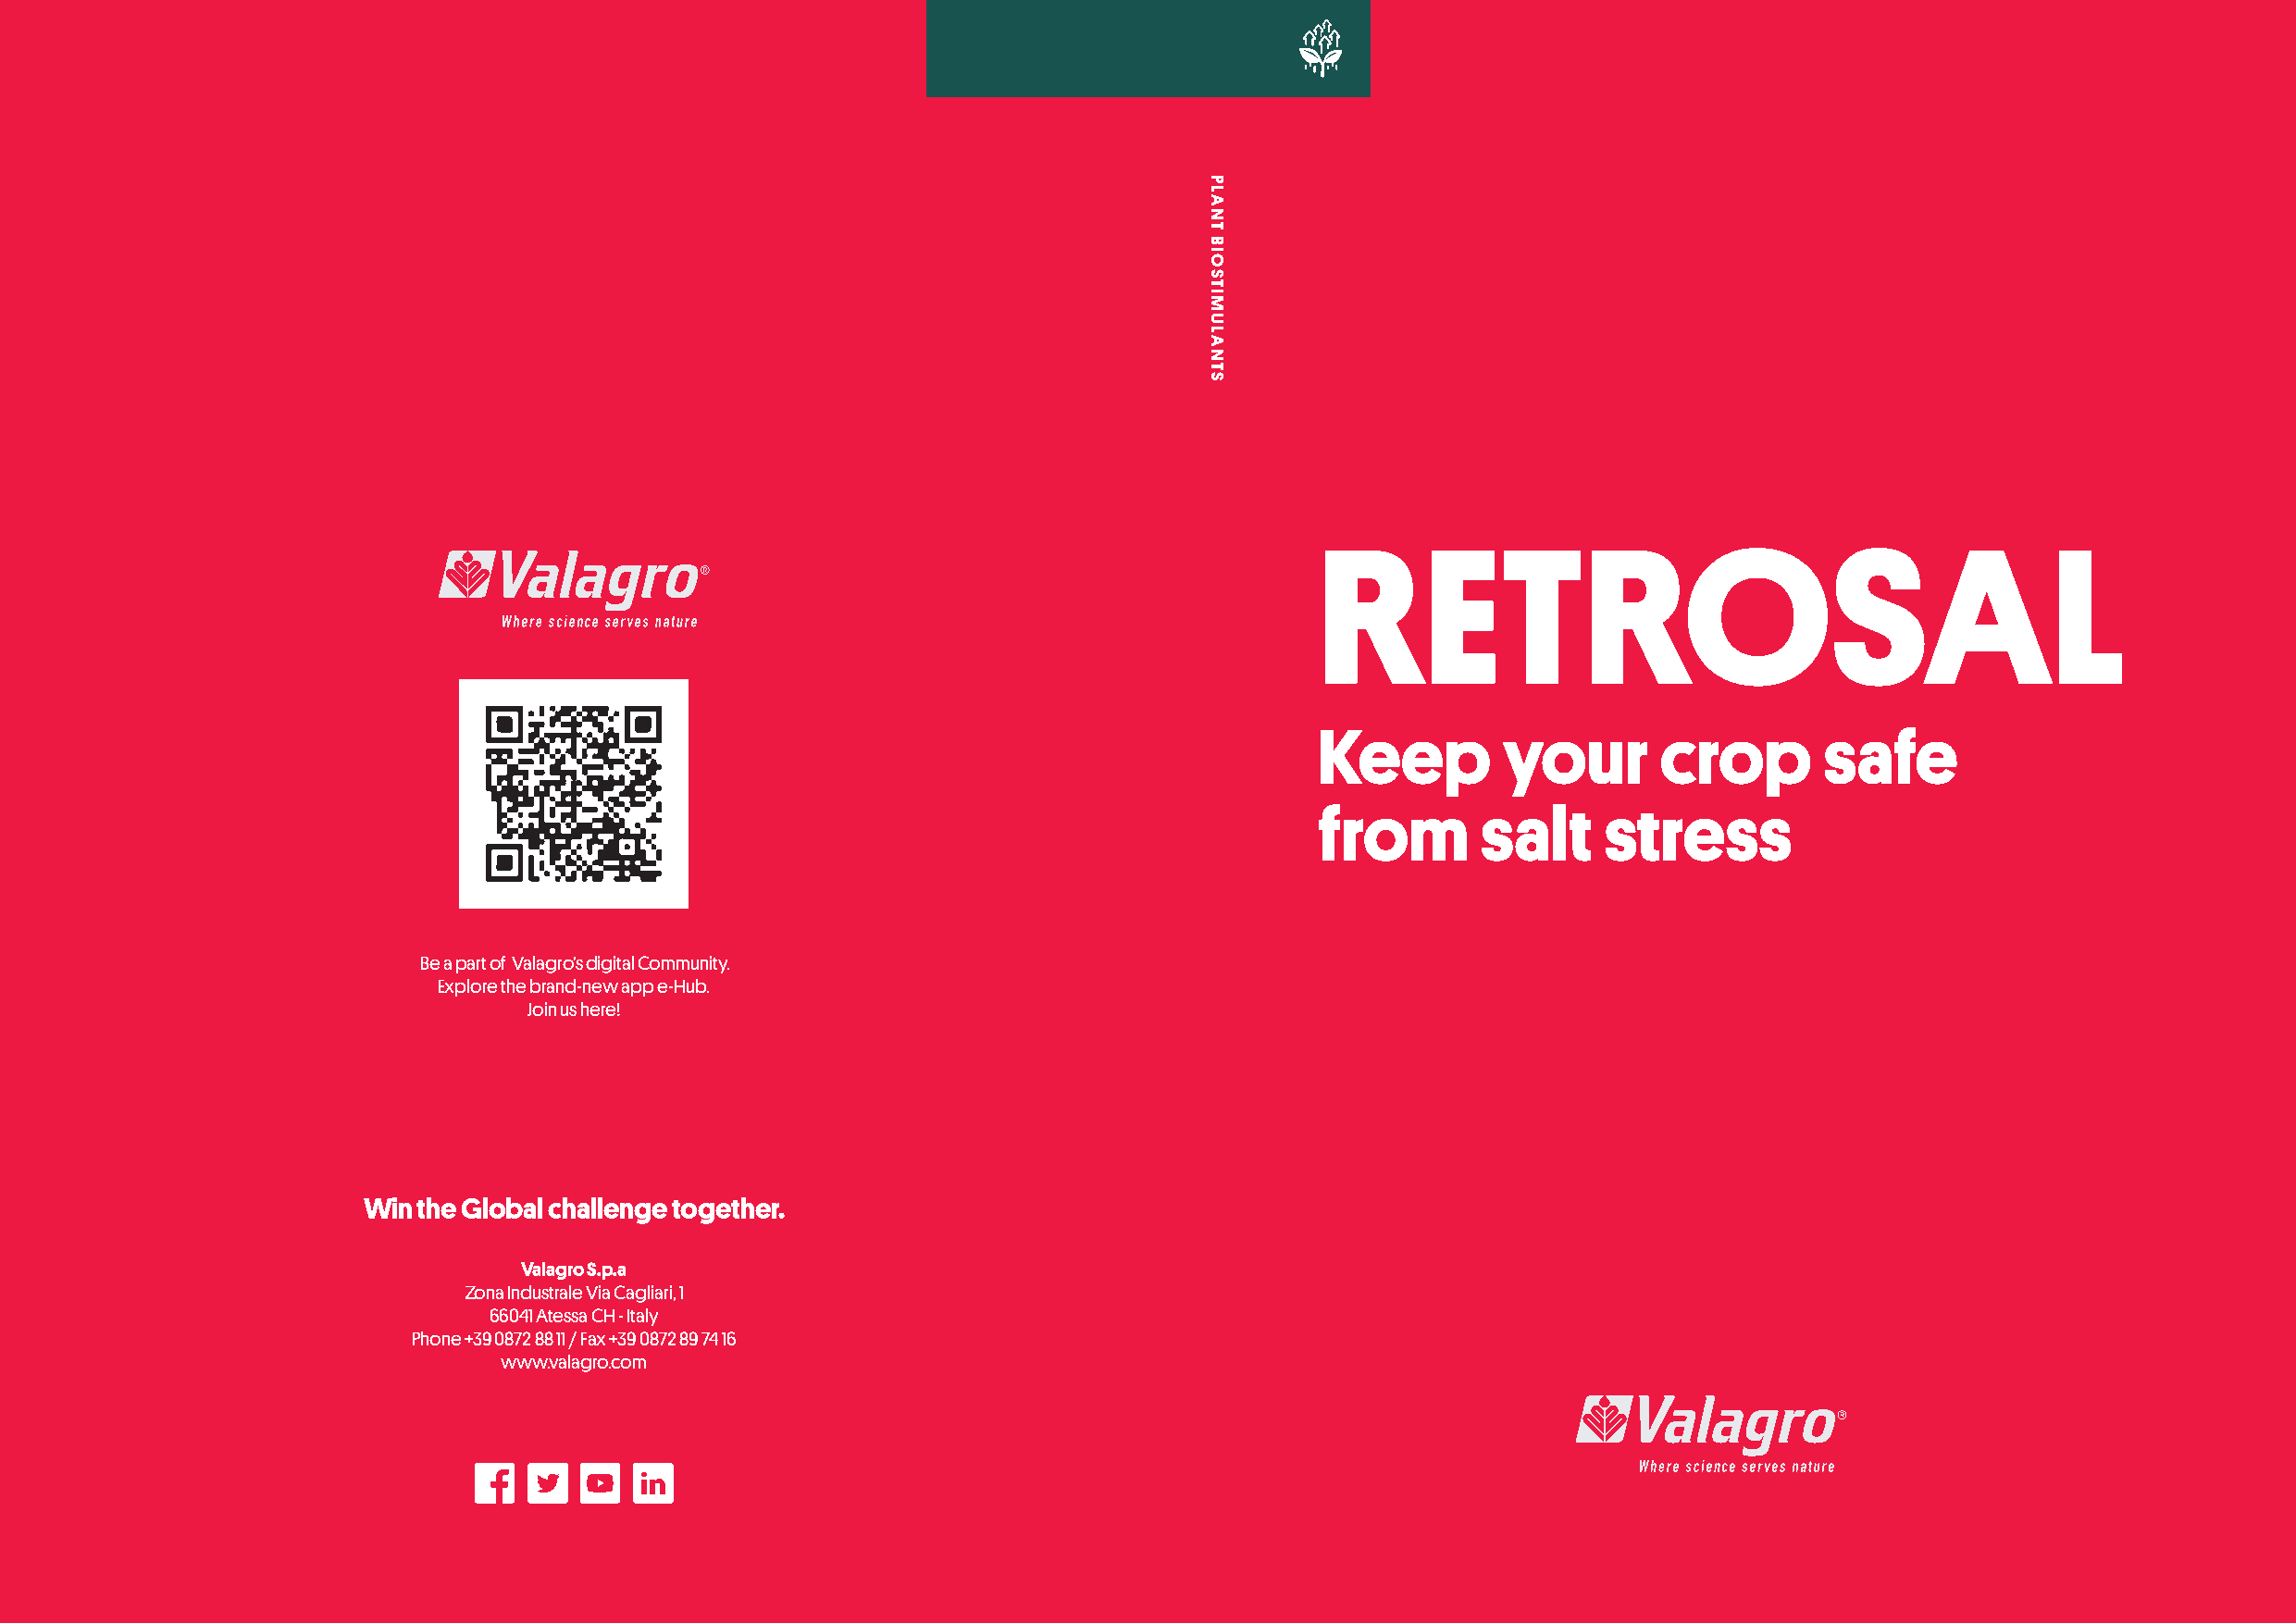
RETROSAL
 Keep         your        crop       safe
 from        salt     stress
 Be a part of Valagro’s digital Community.
 Explore the brand-new app e-Hub.
 Join us here!
 Win the Global challenge together.
 Valagro S.p.a
 Zona Industrale Via Cagliari, 1
 66041 Atessa CH - Italy
 Phone +39 0872 88 11 / Fax +39 0872 89 74 16
 www.valagro.com
 PLANT
 BIOSTIMULANTS